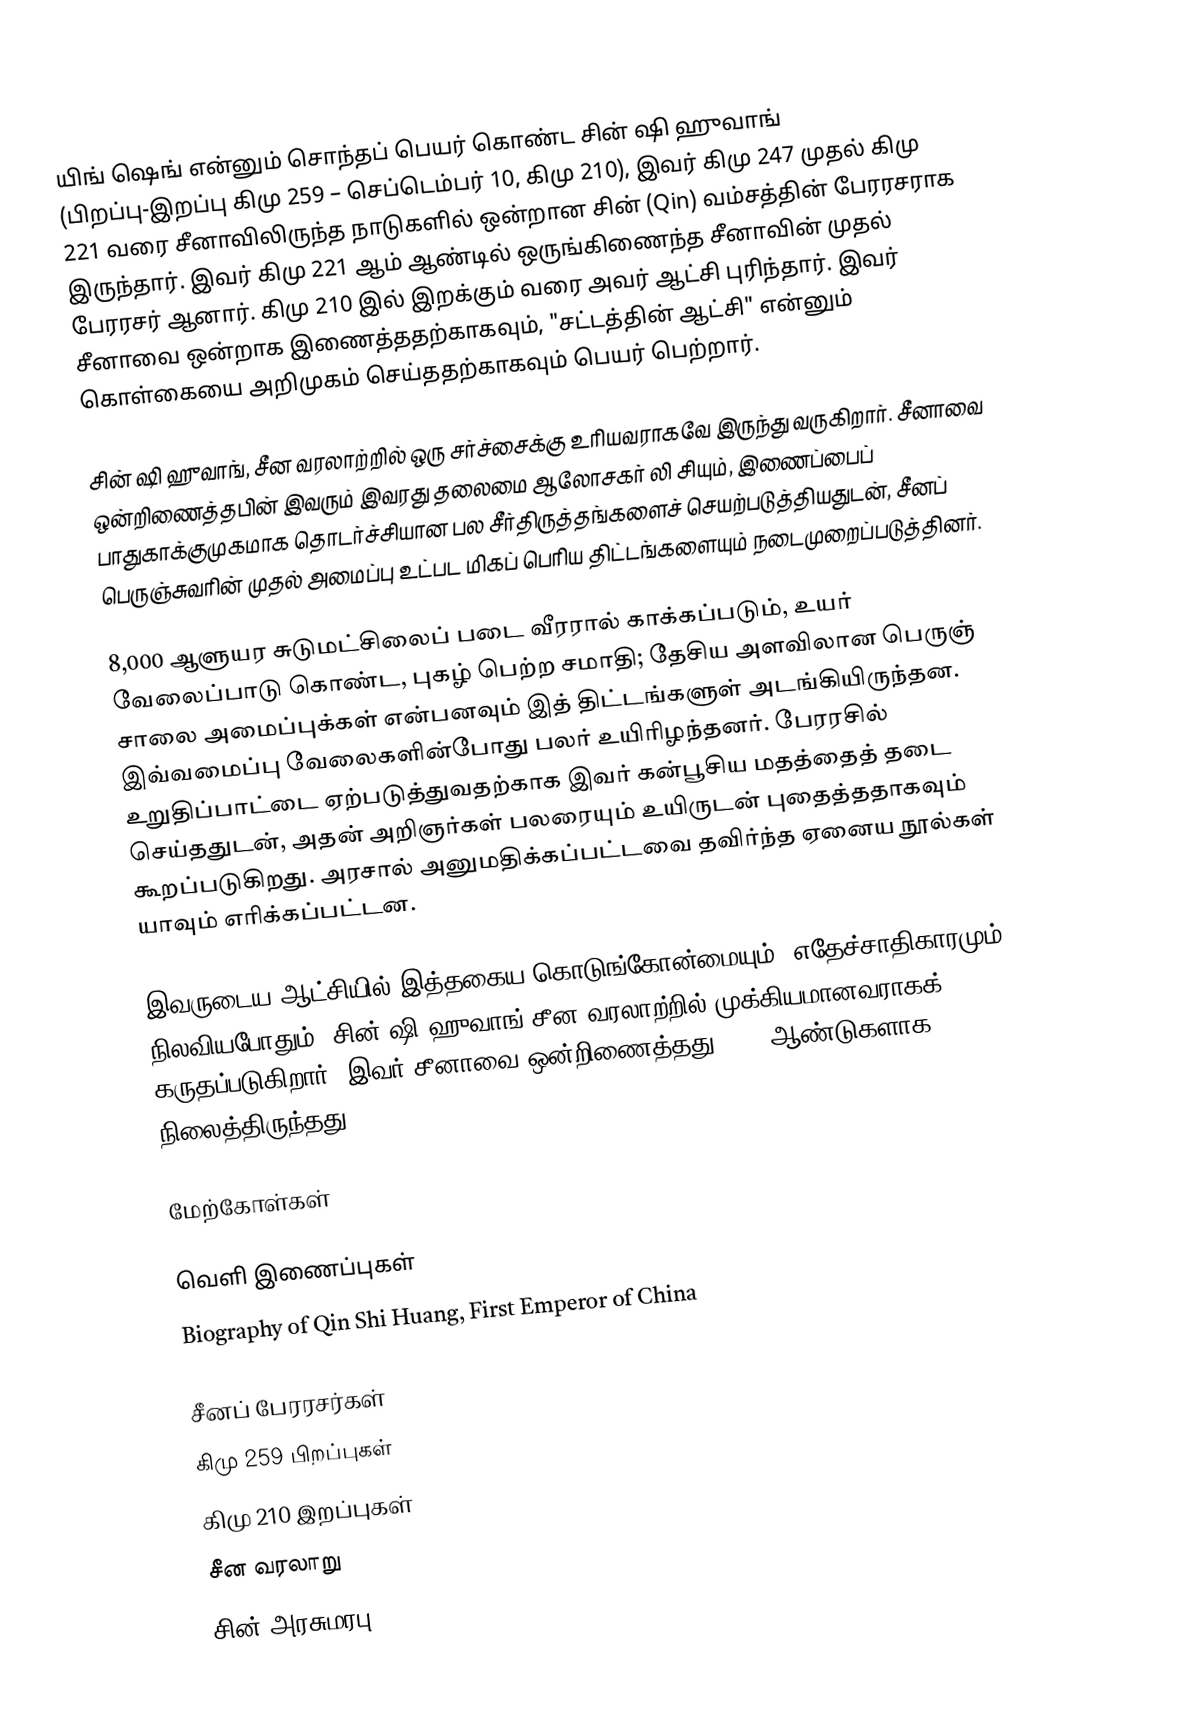
யிங் ஷெங் என்னும் சொந்தப் பெயர் கொண்ட சின் ஷி ஹுவாங் (பிறப்பு-இறப்பு கிமு 259 – செப்டெம்பர் 10, கிமு 210), இவர் கிமு 247 முதல் கிமு 221 வரை சீனாவிலிருந்த நாடுகளில் ஒன்றான சின் (Qin) வம்சத்தின் பேரரசராக  இருந்தார். இவர் கிமு 221 ஆம் ஆண்டில் ஒருங்கிணைந்த சீனாவின் முதல் பேரரசர் ஆனார். கிமு 210 இல் இறக்கும் வரை அவர் ஆட்சி புரிந்தார். இவர் சீனாவை ஒன்றாக இணைத்ததற்காகவும், "சட்டத்தின் ஆட்சி" என்னும் கொள்கையை அறிமுகம் செய்ததற்காகவும் பெயர் பெற்றார்.

சின் ஷி ஹுவாங், சீன வரலாற்றில் ஒரு சர்ச்சைக்கு உரியவராகவே இருந்து வருகிறார். சீனாவை ஒன்றிணைத்தபின் இவரும் இவரது தலைமை ஆலோசகர் லி சியும், இணைப்பைப் பாதுகாக்குமுகமாக தொடர்ச்சியான பல சீர்திருத்தங்களைச் செயற்படுத்தியதுடன், சீனப் பெருஞ்சுவரின் முதல் அமைப்பு உட்பட மிகப் பெரிய திட்டங்களையும் நடைமுறைப்படுத்தினர்.

8,000 ஆளுயர சுடுமட்சிலைப் படை வீரரால் காக்கப்படும், உயர் வேலைப்பாடு கொண்ட, புகழ் பெற்ற சமாதி; தேசிய அளவிலான பெருஞ் சாலை அமைப்புக்கள் என்பனவும் இத் திட்டங்களுள் அடங்கியிருந்தன. இவ்வமைப்பு வேலைகளின்போது பலர் உயிரிழந்தனர். பேரரசில் உறுதிப்பாட்டை ஏற்படுத்துவதற்காக இவர் கன்பூசிய  மதத்தைத் தடை செய்ததுடன், அதன் அறிஞர்கள் பலரையும் உயிருடன் புதைத்ததாகவும் கூறப்படுகிறது. அரசால் அனுமதிக்கப்பட்டவை தவிர்ந்த ஏனைய நூல்கள் யாவும் எரிக்கப்பட்டன.

இவருடைய ஆட்சியில் இத்தகைய கொடுங்கோன்மையும், எதேச்சாதிகாரமும் நிலவியபோதும், சின் ஷி ஹுவாங் சீன வரலாற்றில் முக்கியமானவராகக் கருதப்படுகிறார். இவர் சீனாவை ஒன்றிணைத்தது 2000 ஆண்டுகளாக நிலைத்திருந்தது.

மேற்கோள்கள்

வெளி இணைப்புகள்
Biography of Qin Shi Huang, First Emperor of China

சீனப் பேரரசர்கள்
கிமு 259 பிறப்புகள்
கிமு 210 இறப்புகள்
சீன வரலாறு
சின் அரசுமரபு